NAE_kihelkonnakohtute_kirjad_ja_protokollid_1869-1889, lk 5
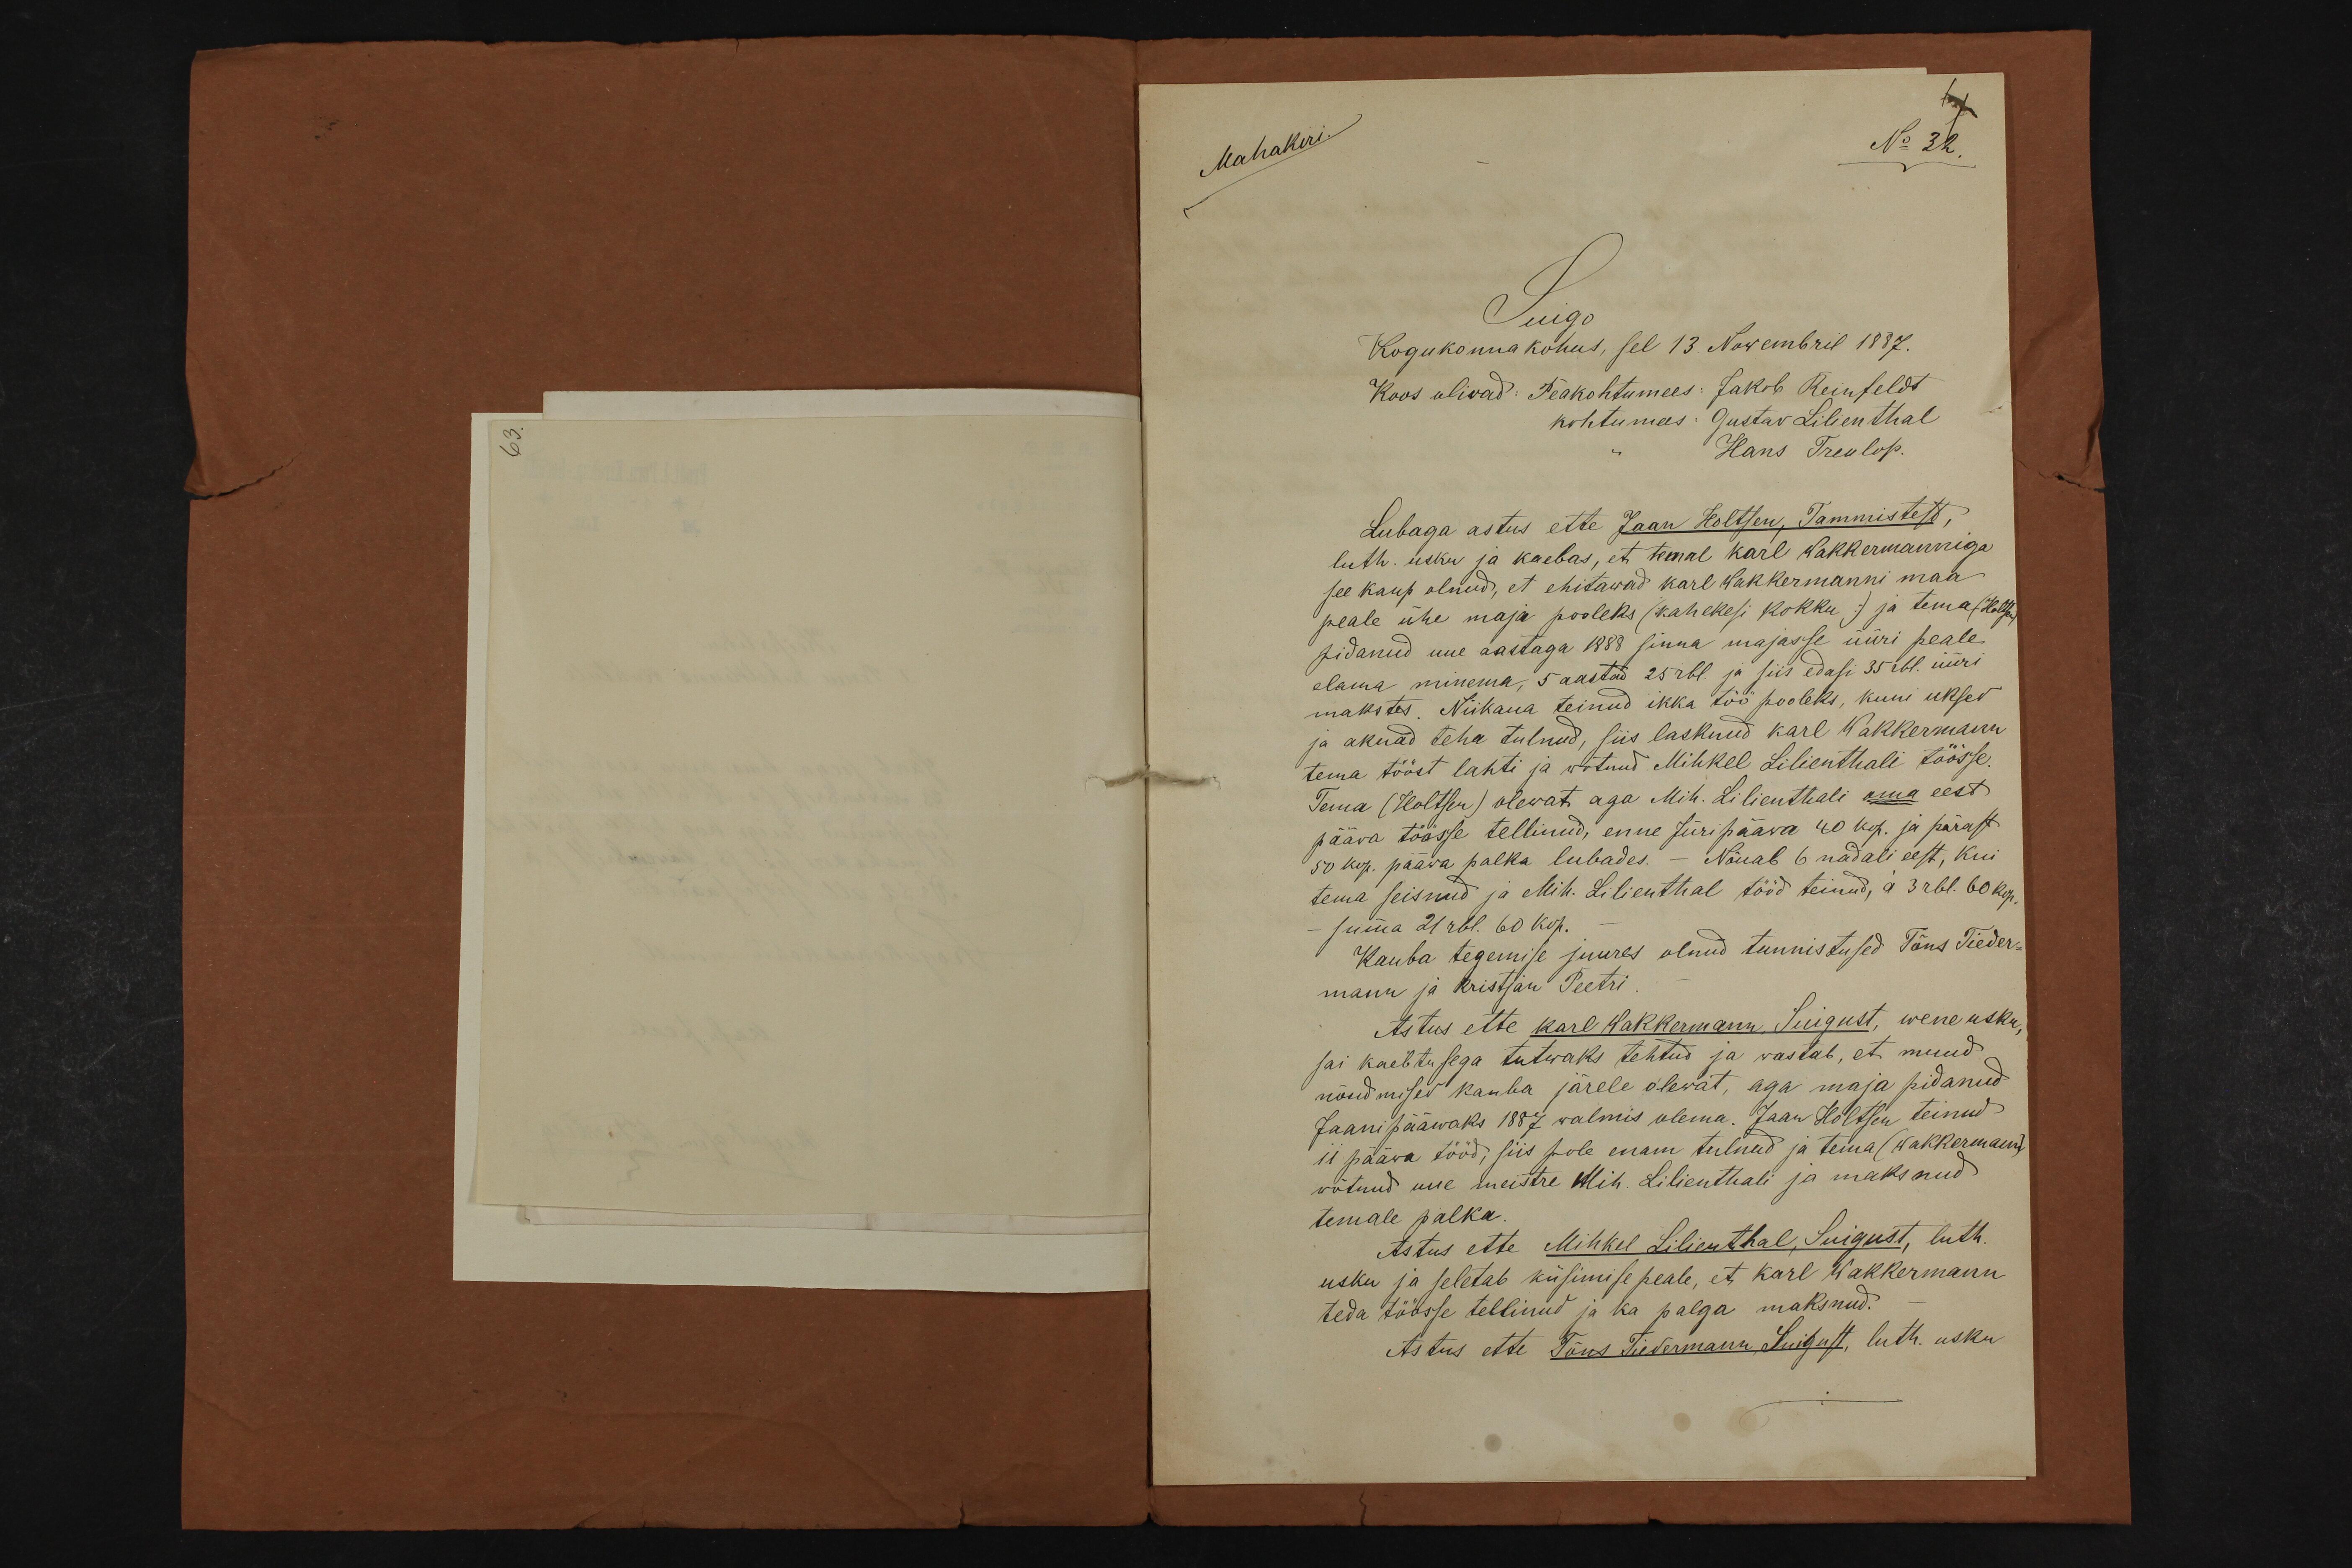
Mahakiri

No 32.
Suigo
Kogukonna kohus, sel 13 Nowembril 1887.
Koos olivad: Peakohtumees: Jakob Reinfeldt
kohtumees: Gustav Lilienthal
Hans Treulop.
Lubaga astus ette Jaan Holtsen, Tammistest,
luth. usku ja kaebas, et temal Karl Hakkermanniga
see kaup olnud, et ehitawad Karl Hakkermanni maa
peale ühe maja pooleks (kahekesi kokku) ja tema (Holtsen)
pidanud uue aastaga 1888 sinna majasse üüri peale
elama minema, 5 aastad 25 rbl. ja siis edasi 35 rbl. üüri
makstes. Niikaua teinud ikka töö pooleks, kuni uksed
ja aknad teha tulnud, liis lasknud Karl Hakkermann
tema tööst lahti ja wotnud Mihkel Lilienthali töösse.
Tema (Holtsen) olevat aga Mih. Lilienthali oma eest
pääva töösse tellinud, enne Jüripääwa 40 kop. ja pärast
50 kop. pääwa palka lubades. - Nõuab 6 nädali eest, kui
tema seisnud ja Mih. Lilienthal tööd teinud, a 3 rbl. 60 kop.
Suma 21 rbl. 60 kop.
Kauba tegemise juures olnud tunnistused Tõns Tieder-
mann ja Kristjan Peetri
Astus ette Karl Hakkermann Suigust, wene usku
sai kaebtusega tutwaks tehtud ja wastab, et muud
nõudmised kauba järele olevat, aga maja pidanud
Jaanipääwaks 1887 walmis olema. Jaan Holtsen teinud
ii pääva tööd, siis pole enam tulnud ja tema (Hakkermann)
wõtnud uue meistre Mih. Lilienthali ja maksnud
temale palka
Astus ette Mihkel Lilienthal, Suigust, luth.
usku ja seletab küsimise peale, et Karl Hakkermann
teda töösse tellinud ja ka palga maksnud.
Astus ette Tõns Tiedermann Suigust. luth. usku